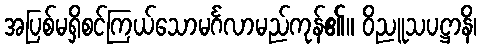
အပြစ်မရှိစင်ကြယ်သောမင်္ဂလာမည်ကုန်၏။ ဝိညူသပဋ္ဌာနိ၊